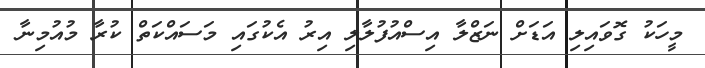
މީހަކު ގޮވައިލި އަޑަށް ނަޒްލާ އިސްއުފުލާލި އިރު އެކުގައި މަސައްކަތް ކުރާ މުއުމިނާ